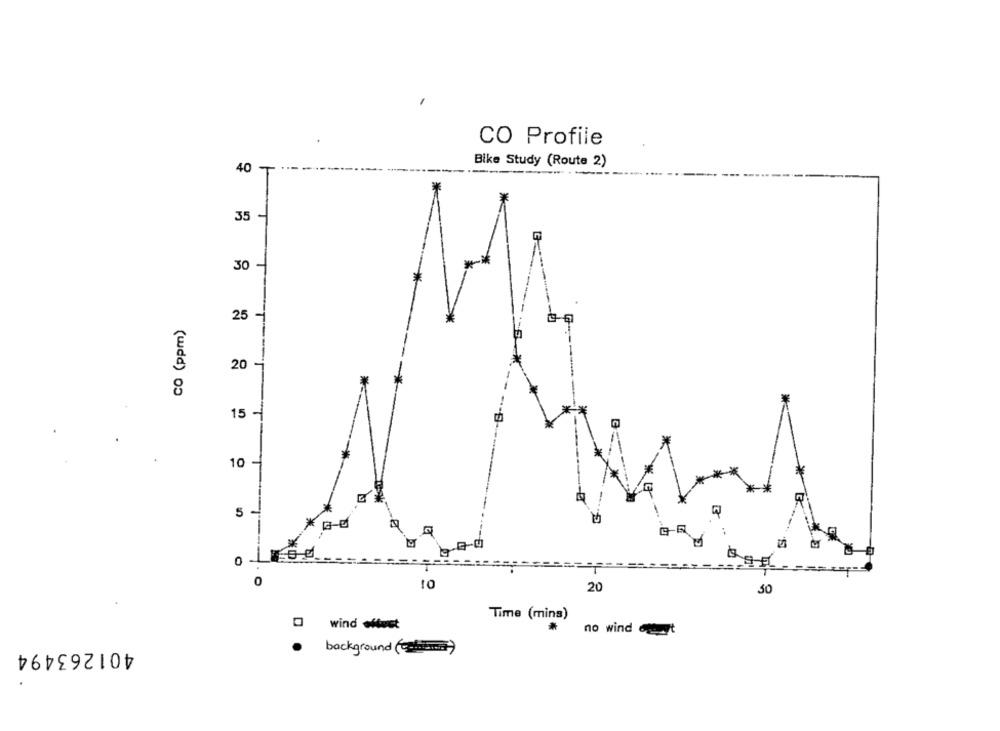
CO Profile
40 -
Bike Study (Route 2)
-
IT
30
CO (ppm)
25
20
15 -
10 -
***
5
---
1EL
0
10
20
50
Time (mins)
O wind Hust
*
no wind out
401263494
. background ()